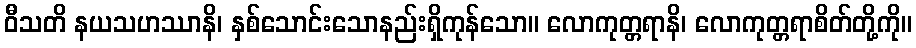
ဝီသတိ နယသဟဿာနိ၊ နှစ်သောင်းသောနည်းရှိကုန်သော။ လောကုတ္တရာနိ၊ လောကုတ္တရာစိတ်တို့ကို။